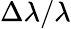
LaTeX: \Delta\lambda/\lambda